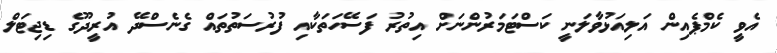
އެވީ ކެމްޕެއިން އަލިއަޅުވާލަނީ ކަސްޓަމަރުންނަށް އިތުރު ފަސޭހަތަކާއި ފުރުސަތުތައް ގެނެސްދޭ އުރީދޫގެ ޑިޖިޓަލް